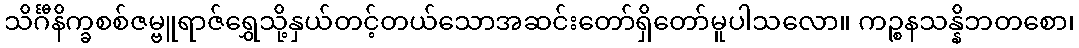
သိင်္ဂီနိက္ခစစ်ဇမ္ဗူရာဇ်ရွှေသို့နှယ်တင့်တယ်သောအဆင်းတော်ရှိတော်မူပါသလော။ ကဉ္စနသန္နိဘတစော၊